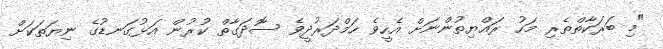
"މި ބަރަކާތްތެރި މަހު ރައްޔިތުންނަށް އެހީވެ ހަމްދަރުދީވެ ސޮދަގާތް ކުރުން އަޅުގަނޑުގެ ނިޔަތަކަށް